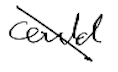
Text: could
Cross-out: diagonal
Writing tool: digital_black